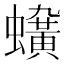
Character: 𧓛